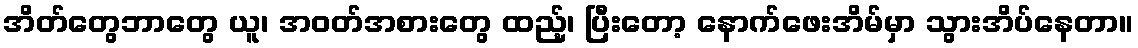
အိတ်တွေဘာတွေ ယူ၊ အဝတ်အစားတွေ ထည့်၊ ပြီးတော့ နောက်ဖေးအိမ်မှာ သွားအိပ်နေတာ။